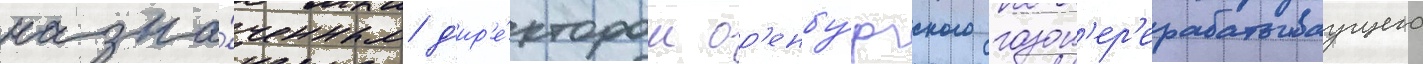
назна́ченным д'ир'е́ктором ор'енбу́ргского газоп'ер'ерабатываущего